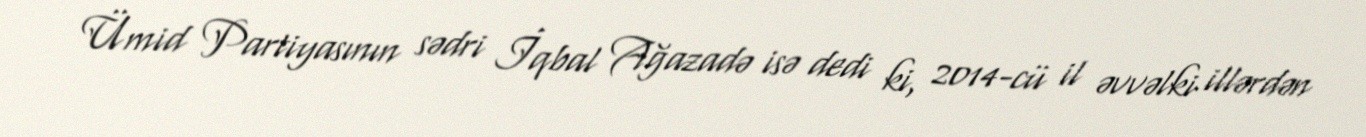
Ümid Partiyasının sədri İqbal Ağazadə isə dedi ki, 2014-cü il əvvəlki illərdən